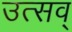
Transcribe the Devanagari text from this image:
उत्सव्